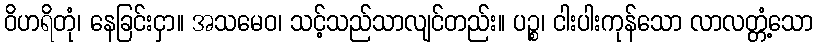
ဝိဟရိတုံ၊ နေခြင်းငှာ။ အသမေဝ၊ သင့်သည်သာလျင်တည်း။ ပဉ္စ၊ ငါးပါးကုန်သော လာလတ္တံ့သော